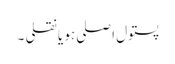
پستول اصلی ہو یا نقلی ۔